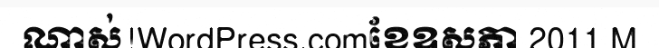
ណាស់!WordPress.comខែឧសភា 2011 M